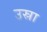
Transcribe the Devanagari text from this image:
उस्रा